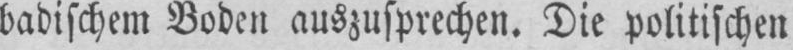
badischem Boden auszusprechen. Die politischen